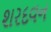
શરદવન